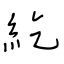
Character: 紇